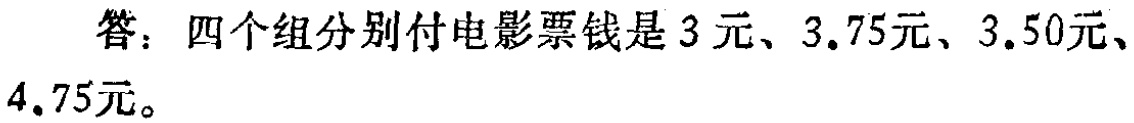
答：四个组分别付电影票钱是\(3\)元、\(3.75\)元、\(3.50\)元、\(4.75\)元。